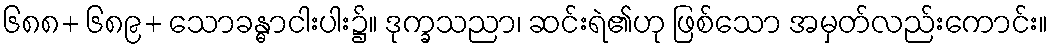
၆၈၈+ ၆၈၉+ သောခန္ဓာငါးပါး၌။ ဒုက္ခသညာ၊ ဆင်းရဲ၏ဟု ဖြစ်သော အမှတ်လည်းကောင်း။